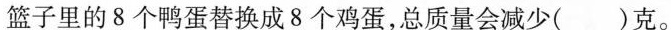
篮子里的8个鸭蛋替换成8个鸡蛋，总质量会减少（）克。